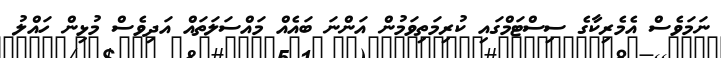
ނަމަވެސް އެމެރިކާގެ ސިސްޓަމްގައި ކުރިމަތިވަމުން އަންނަ ބައެއް މައްސަލަތައް އަދިވެސް މުޅިން ހައްލު